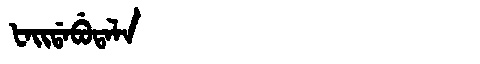
Manchu: ᡶᠠᡳᡩᠠᠪᡠᡨᠠᠯᠠ
Romanization: FAIDABUTALA